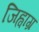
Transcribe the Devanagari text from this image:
जिह्वाग्र